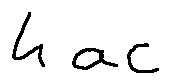
4 a c